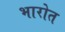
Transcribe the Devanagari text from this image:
भारोत